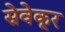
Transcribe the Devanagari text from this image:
स्रेवेकूर